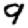
Digit: 9